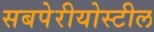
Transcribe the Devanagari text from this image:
सबपेरीयोस्टील